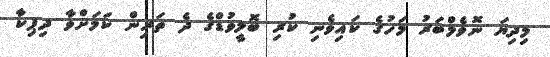
މިދިޔަ ނޮވެމްބަރު މަހުގެ ކައިވެނި ކުރި ބޮލީވުޑްގެ ދެ ތަރިން ކަމަށްވާ ދިޕިކާ